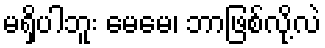
မရှိပါဘူး မေမေ၊ ဘာဖြစ်လို့လဲ